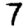
Digit: 7